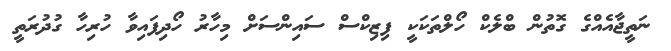
ނަތީޖާއެއްގެ ގޮތުން ބްލެކް ހޯލްތަކަކީ ފިޒިކްސް ސައިންސަށް މިހާރު ހޯދިފައިވާ ހުރިހާ ގުދުރަތީ